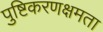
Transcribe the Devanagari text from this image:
पुष्टिकरणक्षमता